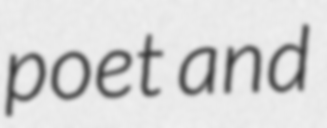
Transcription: poet and